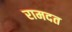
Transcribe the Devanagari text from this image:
रामदत